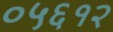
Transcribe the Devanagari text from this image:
०५६१२